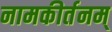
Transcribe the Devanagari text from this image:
नामकीर्तनम्